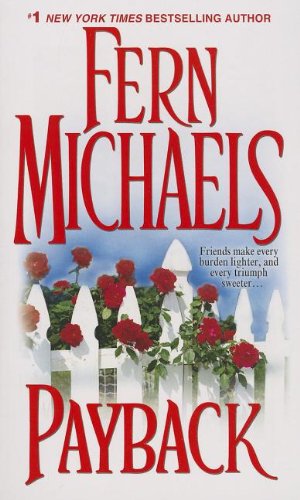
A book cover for Payback (Sisterhood); Fern Michaels; Romance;